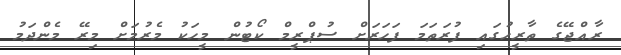
ރާއްޖޭގެ ތާރީހުގައި ފުރަތަމަ ފަހަރަށް ސުޕްރީމް ކޯޓުން މީހަކު މެރުމަށް މިރޭ މެންދަމު